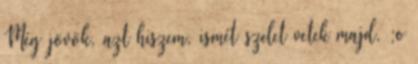
Még jövök, azt hiszem, ismét szelet vetek majd. ;o